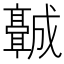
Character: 𬴡